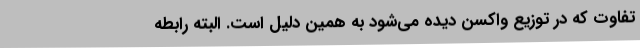
تفاوت که در توزیع واکسن دیده می‌شود به همین دلیل است. البته رابطه